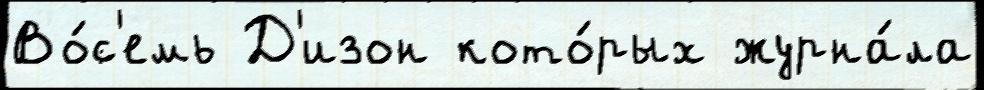
Во́с'емь Д'изон кото́рых журна́ла